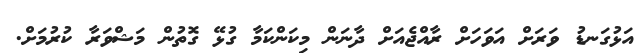
އަޅުގަނޑު ވަރަށް އަވަހަށް ރާއްޖެއަށް ދާނަން މިކަންކަމާ ގުޅޭ ގޮތުން މަޝްވަރާ ކުރުމަށް.